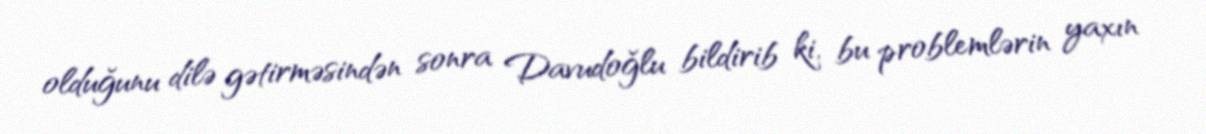
olduğunu dilə gətirməsindən sonra Davudoğlu bildirib ki, bu problemlərin yaxın